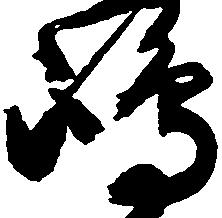
嶋